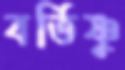
বর্তিষ্ণু